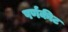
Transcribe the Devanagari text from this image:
पर्णकीट